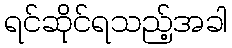
ရင်ဆိုင်ရသည့်အခါ